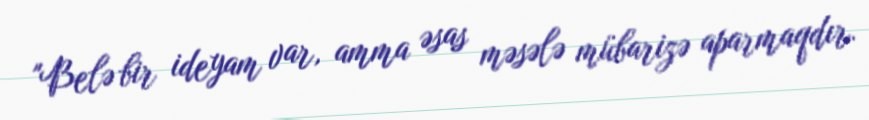
"Belə bir ideyam var, amma əsas məsələ mübarizə aparmaqdır.